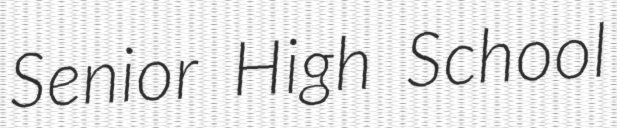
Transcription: Senior High School